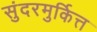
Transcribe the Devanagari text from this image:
सुंदरमुर्कित्त